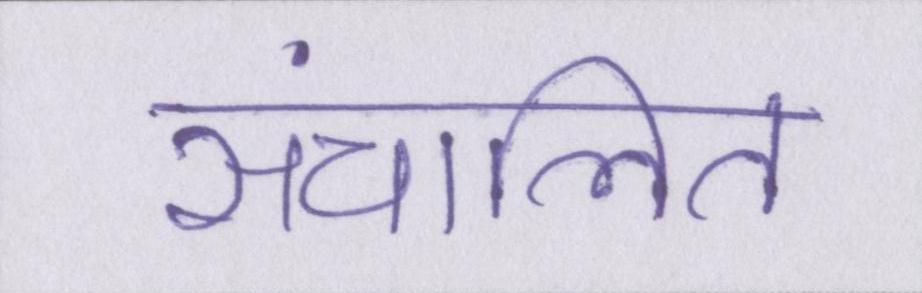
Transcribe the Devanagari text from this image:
संचालित